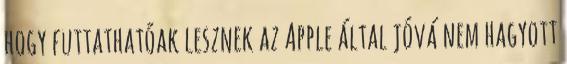
hogy futtathatóak lesznek az Apple által jóvá nem hagyott